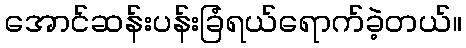
အောင်ဆန်းပန်းခြံရယ်ရောက်ခဲ့တယ်။